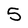
Character: 5